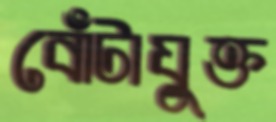
বোঁটাযুক্ত